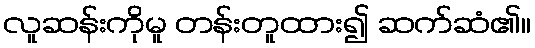
လူဆန်းကိုမူ တန်းတူထား၍ ဆက်ဆံ၏။